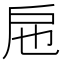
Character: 㦾